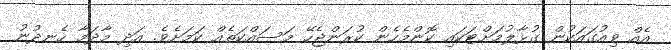
އެއް ވިއުގައަކުން ގުޅާލުމަށްޓަކައި ކޮންމެހެން ކުރަންޖެހޭ މަސައްކަތެއް ކަމަށެވެ. އަދި މާދަމާ ހެނދުނު